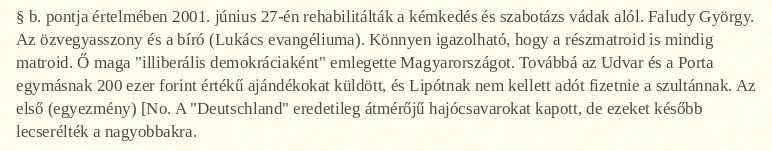
§ b. pontja értelmében 2001. június 27-én rehabilitálták a kémkedés és szabotázs vádak alól. Faludy György. Az özvegyasszony és a bíró (Lukács evangéliuma). Könnyen igazolható, hogy a részmatroid is mindig matroid. Ő maga "illiberális demokráciaként" emlegette Magyarországot. Továbbá az Udvar és a Porta egymásnak 200 ezer forint értékű ajándékokat küldött, és Lipótnak nem kellett adót fizetnie a szultánnak. Az első (egyezmény) [No. A "Deutschland" eredetileg átmérőjű hajócsavarokat kapott, de ezeket később lecserélték a nagyobbakra.